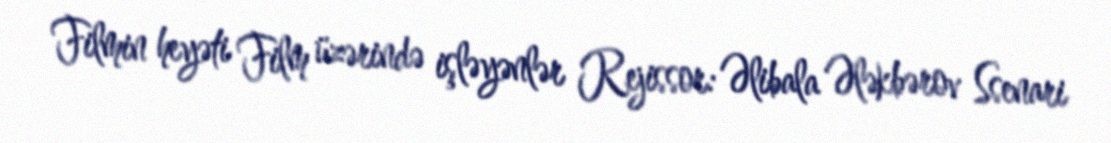
Filmin heyəti Film üzərində işləyənlər Rejissor: Əlibala Ələkbərov Ssenari